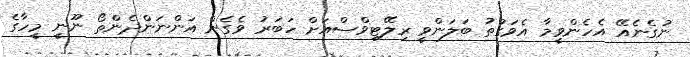
ނުގެނެއޭ އެހެންވީމާ އެވަގުތު ބަލަންވީ ރިލޭޓިވްސްއަށް ހަބަރު ވެގެން އަންނަންދެންތޯ ނޫނީ މީހާގެ